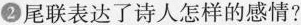
②尾联表达了诗人怎样的感情?